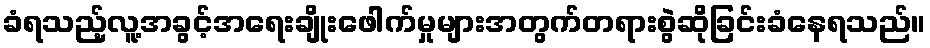
ခံရသည့်လူ့အခွင့်အရေးချိုးဖေါက်မှုများအတွက်တရားစွဲဆိုခြင်းခံနေရသည်။